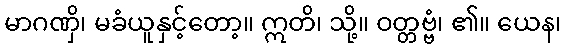
မာဂဏှိ၊ မခံယူနှင့်တော့။ ဣတိ၊ သို့။ ဝတ္တဗ္ဗံ၊ ၏။ ယေန၊